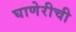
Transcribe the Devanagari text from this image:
घाणेरीची